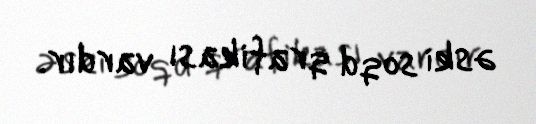
əski soqd qrafikası vardır.